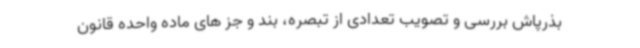
بذرپاش بررسی و تصویب تعدادی از تبصره، بند و جز های ماده واحده قانون